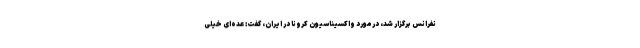
نفرانس برگزار شد، درمورد واکسیناسیون کرونا در ایران، گفت: عده‌ای خیلی